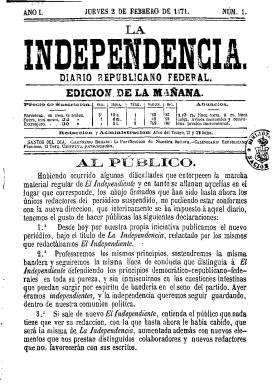
Título: La Independencia (Barcelona)
Colección: Periódicos || Republicanismo
Ámbito geográfico: Barcelona
Lugar de publicación: Barcelona
Fechas: 02/02/1871-31/03/1873